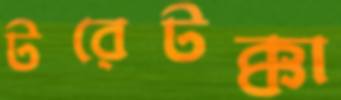
টরেটক্কা